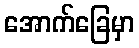
အောက်ခြေမှာ